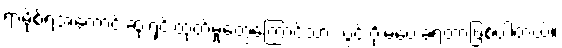
ရာမို့စ်ရဲဲ့အကောင်းဆုံးရှင်းထုတ်မှုတွေကြောင့်သာ သွင်းဂိုးမပေးခဲ့ရတာဖြစ်ပါတယ်။